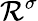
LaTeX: \mathcal{R}^{\sigma}